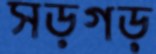
সড়গড়